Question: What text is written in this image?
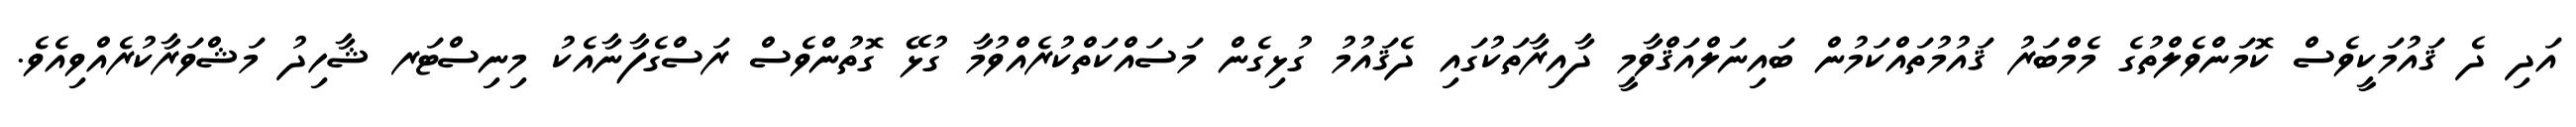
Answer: އަދި ދެ ޤައުމަކީވެސް ކޮމަންވެލްތުގެ މެމްބަރު ޤައުމުތައްކަމުން ބައިނަލްއަޤްވާމީ ދާއިރާތަކުގައި ދެޤައުމު ގުޅިގެން މަސައްކަތްކުރެއްވުމާ ގުޅޭ ގޮތުންވެސް ރަސްގެފާނާއެކު މިނިސްޓަރ ޝާހިދު މަޝްވަރާކުރެއްވިއެވެ.